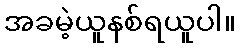
အခမဲ့ယူနစ်ရယူပါ။